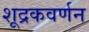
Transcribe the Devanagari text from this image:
शूद्रकवर्णन